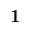
\mathbf { 1 }